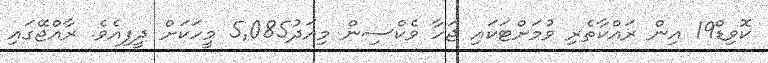
ކޮވިޑް19 އިން ރައްކާތެރި ވުމަށްޓަކައި ޖަހާ ވެކްސިން މިއަދު5